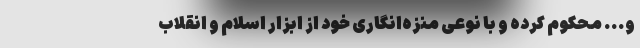
و... محکوم کرده و با نوعی منزه‌انگاری خود از ابزار اسلام و انقلاب